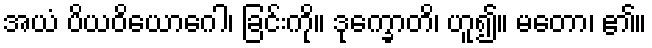
အယံ ပိယဝိယောဂေါ၊ ခြင်းကို။ ဒုက္ခောတိ၊ ဟူ၍။ မတော၊ ၏။